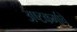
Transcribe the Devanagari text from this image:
अष्टकर्माचे